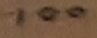
Text: 100